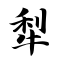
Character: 犁